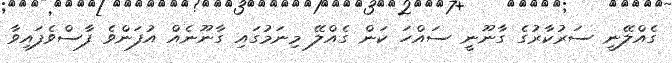
ގެއްލޭނީ ސަރުކާރުގެ ގާނޫނީ ސައްހަ ކަން ގެއްލޭ މިނަމުގައި ގާނޫނެއް އުފަންވެ ފާސްވެފައިވާ